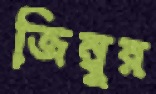
জিম্বুর